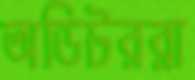
অডিটররা